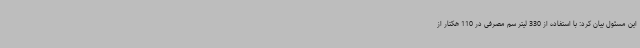
این مسئول بیان کرد: با استفاده از 330 لیتر سم مصرفی در 110 هکتار از